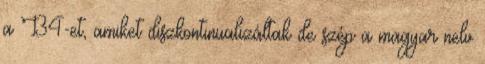
a B4-et, amiket diszkontinualizáltak de szép a magyar nelv